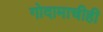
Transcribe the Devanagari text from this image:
गोदामाचीही